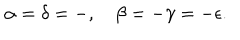
LaTeX: \alpha = \delta = - , \quad \beta = - \gamma = - \epsilon .